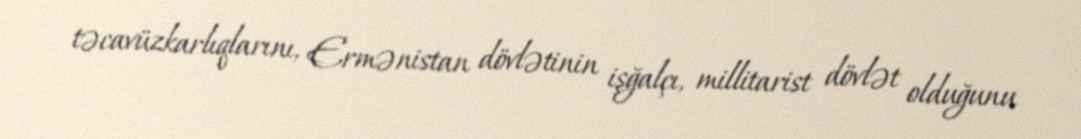
təcavüzkarlıqlarını, Ermənistan dövlətinin işğalçı, millitarist dövlət olduğunu